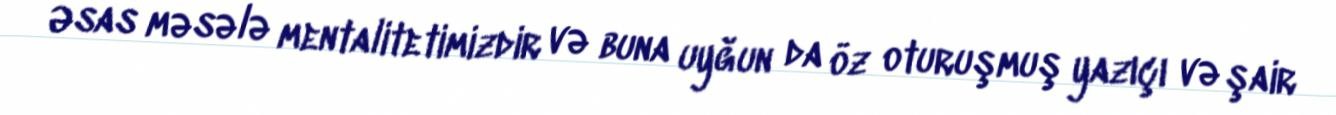
Əsas məsələ mentalitetimizdir və buna uyğun da öz oturuşmuş yazıçı və şair